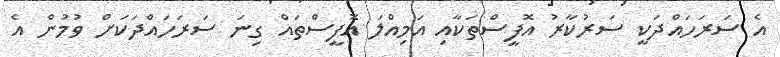
އެ ސަރަހައްދަކީ ސަރުކާރު އޮފީސްތަކާއި އަމިއްލަ އޮފީސްތައް ގިނަ ސަރަހައްދަކަށް ވުމުން އެ